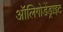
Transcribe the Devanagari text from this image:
ऑलिगोडेंड्राइट